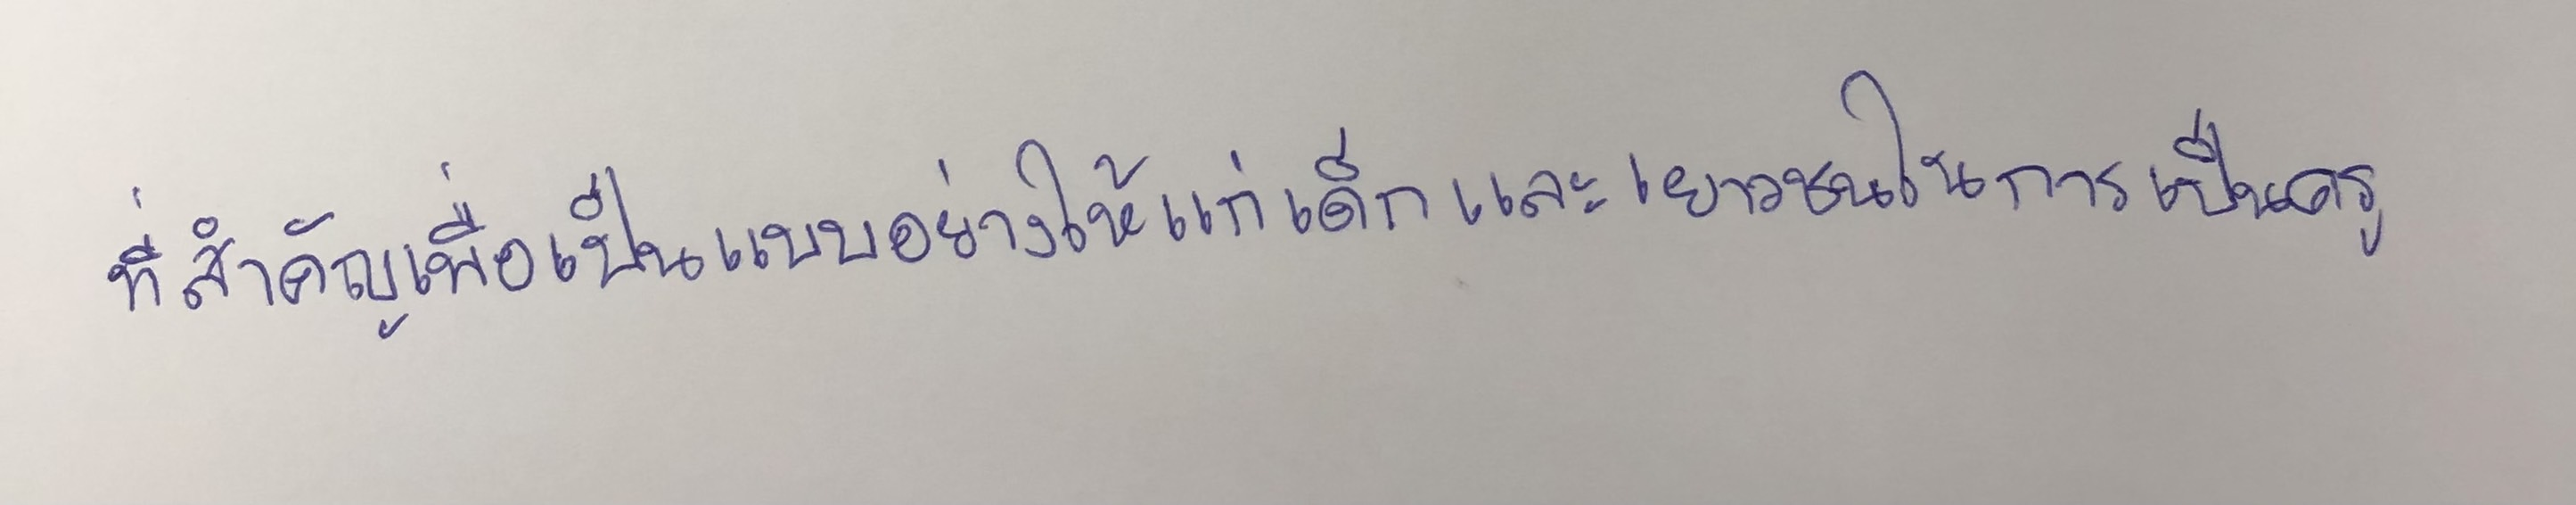
ที่สำคัญเพื่อเป็นแบบอย่างให้แก่เด็กและเยาวชนในการเป็นครู